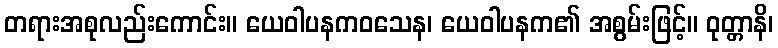
တရားအစုလည်းကောင်း။ ယေဝါပနကဝသေန၊ ယေဝါပနက၏ အစွမ်းဖြင့်။ ဝုတ္တာနိ၊